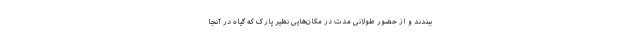
ببندند و از حضور طولانی مدت در مکان‌هایی نظیر پارک که گیاه در آنجا